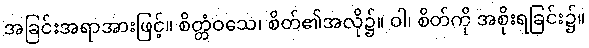
အခြင်းအရာအားဖြင့်။ စိတ္တံဝသေ၊ စိတ်၏အလို၌။ ဝါ၊ စိတ်ကို အစိုးရခြင်း၌။